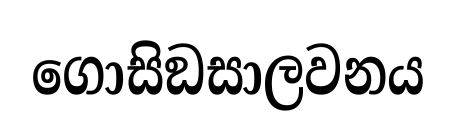
ගොසිඞසාලවනය